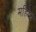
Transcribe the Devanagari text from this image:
महिलां